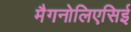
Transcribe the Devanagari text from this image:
मैगनोलिएसिई